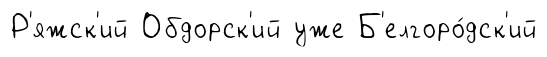
Р'яжск'ий Обдорск'ий уже Б'елгоро́дск'ий